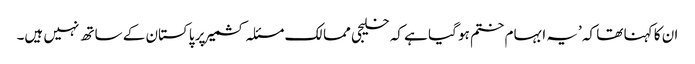
ان کا کہنا تھا کہ ’یہ ابہام ختم ہو گیا ہے کہ خلیجی ممالک مسئلہ کشمیر پر پاکستان کے ساتھ نہیں ہیں۔